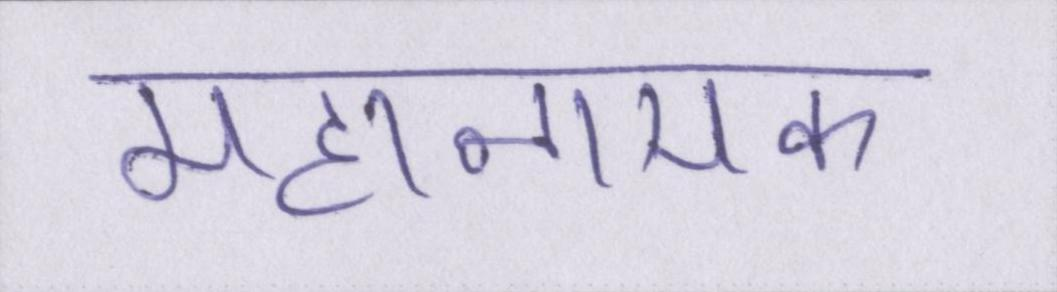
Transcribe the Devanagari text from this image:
महानायक